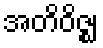
အတိဝိဇ္ဈ